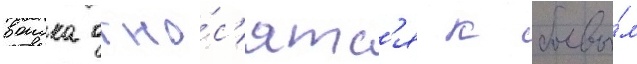
воиска отно́с'ятс'я к боевы́м